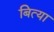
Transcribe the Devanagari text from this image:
बित्या